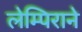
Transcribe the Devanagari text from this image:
लेम्पिराने